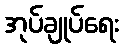
အုပ်ချုပ်ရေး